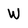
Character: W